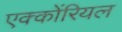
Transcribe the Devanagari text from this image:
एक्कोंरियल